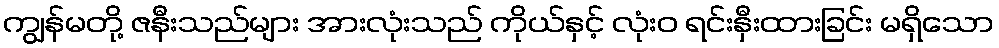
ကျွန်မတို့ ဇနီးသည်များ အားလုံးသည် ကိုယ်နှင့် လုံးဝ ရင်းနှီးထားခြင်း မရှိသော